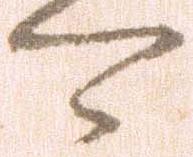
可